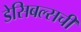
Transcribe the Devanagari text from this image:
डेसिबल्सची